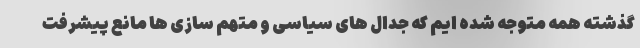
گذشته همه متوجه شده ایم که جدال های سیاسی و متهم سازی ها مانع پیشرفت